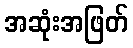
အဆုံးအဖြတ်